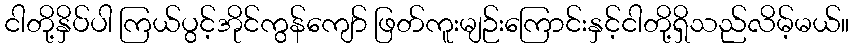
ငါတို့နှိပ်ပါ ကြယ်ပွင့်အိုင်ကွန်ကျော် ဖြတ်ကူးမျဉ်းကြောင်းနှင့်ငါတို့ရှိသည်လိမ့်မယ်။